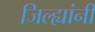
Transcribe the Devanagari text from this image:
जिल्ह्यांनी